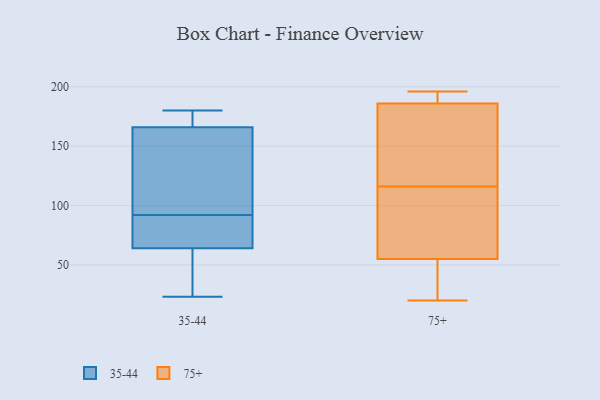
{"axis": {"x": "Churn Rate (%)", "y": "Value"}, "legend": ["35-44", "75+"], "data": [{"x": "", "y": 174, "type": "35-44"}, {"x": "", "y": 151, "type": "35-44"}, {"x": "", "y": 64, "type": "35-44"}, {"x": "", "y": 83, "type": "35-44"}, {"x": "", "y": 102, "type": "35-44"}, {"x": "", "y": 174, "type": "35-44"}, {"x": "", "y": 136, "type": "35-44"}, {"x": "", "y": 92, "type": "35-44"}, {"x": "", "y": 35, "type": "35-44"}, {"x": "", "y": 23, "type": "35-44"}, {"x": "", "y": 64, "type": "35-44"}, {"x": "", "y": 54, "type": "35-44"}, {"x": "", "y": 171, "type": "35-44"}, {"x": "", "y": 180, "type": "35-44"}, {"x": "", "y": 87, "type": "35-44"}, {"x": "", "y": 195, "type": "75+"}, {"x": "", "y": 55, "type": "75+"}, {"x": "", "y": 186, "type": "75+"}, {"x": "", "y": 135, "type": "75+"}, {"x": "", "y": 20, "type": "75+"}, {"x": "", "y": 28, "type": "75+"}, {"x": "", "y": 70, "type": "75+"}, {"x": "", "y": 105, "type": "75+"}, {"x": "", "y": 127, "type": "75+"}, {"x": "", "y": 196, "type": "75+"}]}